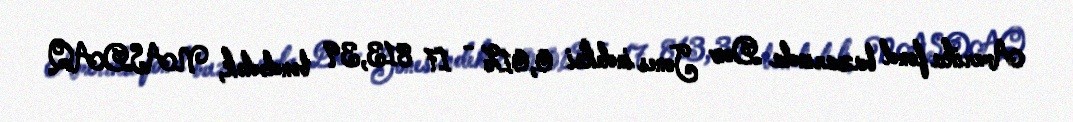
Amerika fond bazarında Dow Jones indeksi 0,01% - 17 813,39 bəndədək, NASDAQ